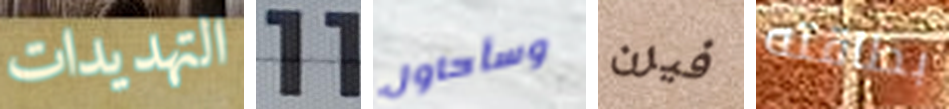
التهديدات 11 وسأحاول فيرن بطاقته